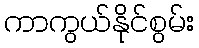
ကာကွယ်နိုင်စွမ်း